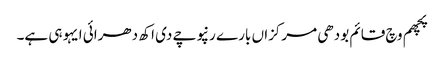
پچھم وچ قائم بودھی مرکزاں بارے رنپوچے دی اکھ دھرائی ایہو ہی ہے۔